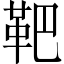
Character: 靶